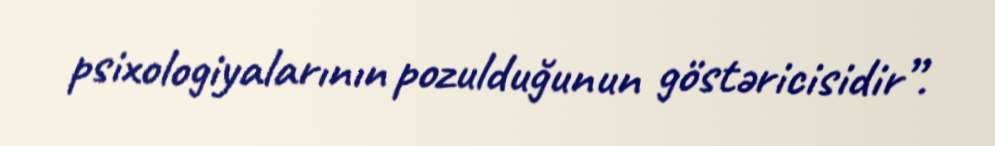
psixologiyalarının pozulduğunun göstəricisidir”.